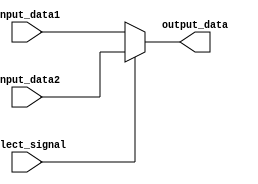
module my_12bit2to1_mux(input_data1, input_data2, output_data, select_signal);
   
    input [11:0] input_data1;
    input [11:0] input_data2;
    
    input select_signal;
    
    output [11:0] output_data;
    
    assign output_data = select_signal ? input_data2 : input_data1;
    
endmodule